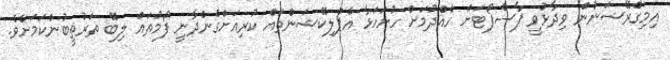
އިމިގްެރޭޝަނުން ވިދާޅުވީ ޕާސްޕޯޓަށް ހެއްދުމަށް ހުށަހަޅާ އެޕްލިކޭޝަންތައް ކުރިއަށްގެންދާނީ ފޯމުތައް ލިބޭ ތަރުތީބުންކަމަށެވެ.